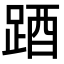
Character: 𨁪